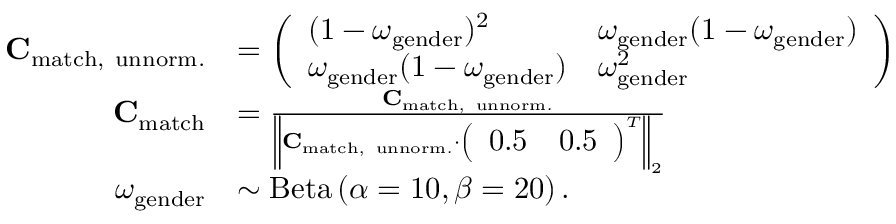
\begin{array} { r l } { \mathbf { C } _ { \mathrm { m a t c h , ~ u n n o r m . } } } & { = \left( \begin{array} { l l } { ( 1 - \omega _ { \mathrm { g e n d e r } } ) ^ { 2 } } & { \omega _ { \mathrm { g e n d e r } } ( 1 - \omega _ { \mathrm { g e n d e r } } ) } \\ { \omega _ { \mathrm { g e n d e r } } ( 1 - \omega _ { \mathrm { g e n d e r } } ) } & { \omega _ { \mathrm { g e n d e r } } ^ { 2 } } \end{array} \right) } \\ { \mathbf { C } _ { \mathrm { m a t c h } } } & { = \frac { \mathbf { C } _ { \mathrm { m a t c h , ~ u n n o r m . } } } { { \left\| \mathbf { C } _ { \mathrm { m a t c h , ~ u n n o r m . } } \cdot \left( \begin{array} { l l } { 0 . 5 } & { 0 . 5 } \end{array} \right) ^ { T } \right\| } _ { 2 } } } \\ { \omega _ { \mathrm { g e n d e r } } } & { \sim \mathrm { B e t a } \left( \alpha = 1 0 , \beta = 2 0 \right) . } \end{array}